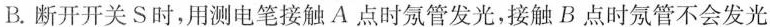
B.断开开关S时，用测电笔接触A点时氖管发光，接触B点时氖管不会发光